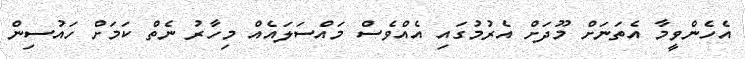
އެހެންވީމާ އެތަނަށް މޫދަށް އެރުމުގައި އެއްވެސް މައްސަލައެއް މިހާރު ނެތް ކަމަށް ހައުސިން